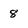
Character: 8